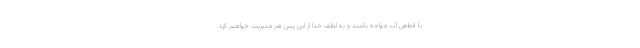
با قطعی آب مواجه باشند و به لطف خدا از این پس هم مدیریت خواهیم کرد.